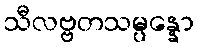
သီလဗ္ဗတသမ္ပန္နော